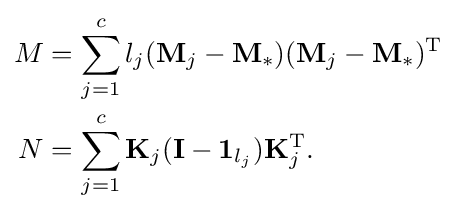
{\begin{aligned}M&=\sum _{j=1}^{c}l_{j}(\mathbf {M} _{j}-\mathbf {M} _{*})(\mathbf {M} _{j}-\mathbf {M} _{*})^{\text{T}}\\N&=\sum _{j=1}^{c}\mathbf {K} _{j}(\mathbf {I} -\mathbf {1} _{l_{j}})\mathbf {K} _{j}^{\text{T}}.\end{aligned}}